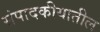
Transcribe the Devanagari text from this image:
संपादकीयातील